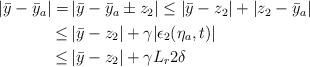
\begin{align*}\begin{aligned}|\bar{y}-\bar{y}_a| =& \,|\bar{y}-\bar{y}_a\pm z_2| \le |\bar{y}-z_2|+|z_2-\bar{y}_a|\\\le &\, |\bar{y}-z_2|+\gamma|\epsilon_2(\eta_a,t)| \\\le &\, |\bar{y}-z_2|+\gamma L_r 2\delta \end{aligned}\end{align*}